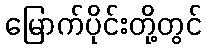
မြောက်ပိုင်းတို့တွင်